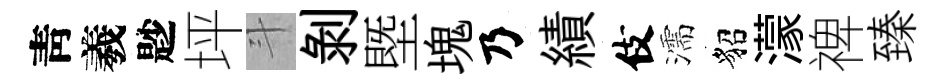
靑羲尟坪斗剥塈塊乃績伎濡貂濛禆臻